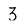
Character: 3